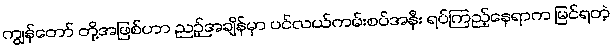
ကျွန်တော် တို့အဖြစ်ဟာ ညဉ့်အချိန်မှာ ပင်လယ်ကမ်းစပ်အနီး ရပ်ကြည့်နေရာက မြင်ရတဲ့